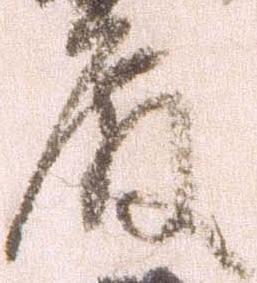
殿